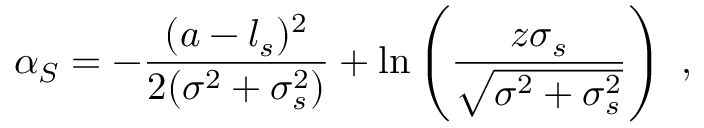
\alpha _ { S } = - \frac { ( a - l _ { s } ) ^ { 2 } } { 2 ( \sigma ^ { 2 } + \sigma _ { s } ^ { 2 } ) } + \ln \left( \frac { z \sigma _ { s } } { \sqrt { \sigma ^ { 2 } + \sigma _ { s } ^ { 2 } } } \right) \ ,